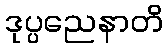
ဒုပ္ပညေနာတိ